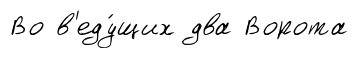
Во в'еду́щих два Ворота